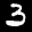
Label: 3